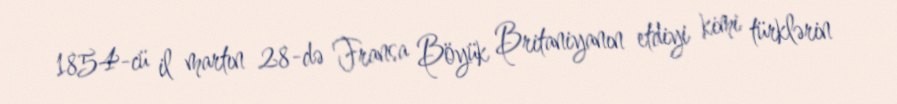
1854-cü il martın 28-də Fransa Böyük Britaniyanın etdiyi kimi türklərin